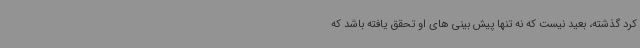
کرد گذشته، بعید نیست که نه تنها پیش بینی های او تحقق یافته باشد که